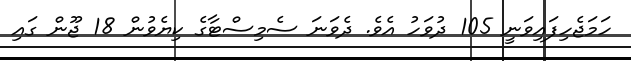
ހަމަޖެހިފައިވަނީ 105 ދުވަހު އެވެ. ދެވަނަ ސެމިސްޓާގެ ކިޔެވުން 18 ޖޫން ގައި